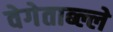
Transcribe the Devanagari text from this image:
वेगेताब्ल्ले